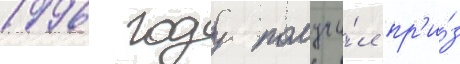
1996 году получи́л пр'и́з